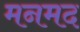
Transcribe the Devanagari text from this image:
मनमद